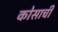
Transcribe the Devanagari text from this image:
कोसाची